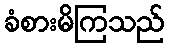
ခံစားမိကြသည်